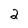
Character: 2